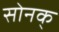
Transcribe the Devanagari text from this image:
सोनक्